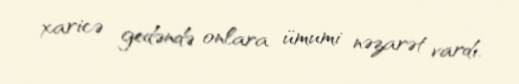
xaricə gedəndə onlara ümumi nəzarət vardı.